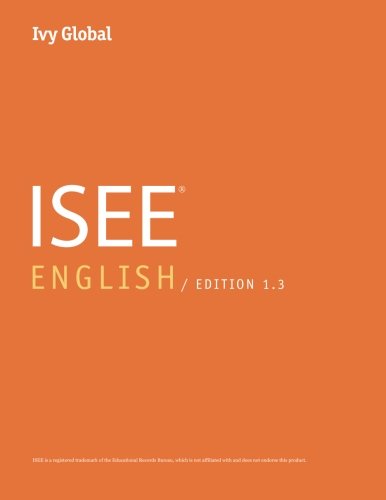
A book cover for Ivy Global ISEE English 2015 (Prep Book); Ivy Global; Test Preparation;